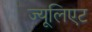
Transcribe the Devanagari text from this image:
ज्यूलिएट